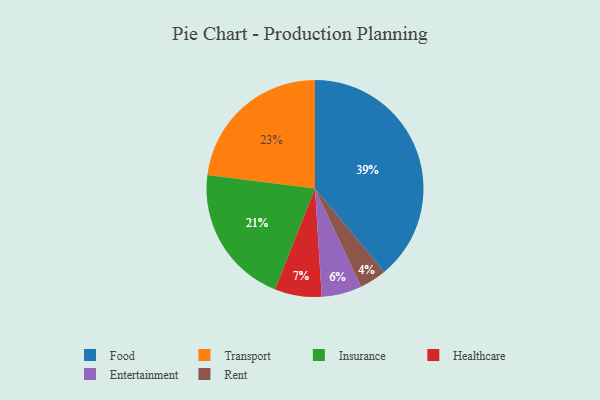
{"axis": {"x": "Category", "y": "Percentage"}, "legend": ["Entertainment", "Food", "Healthcare", "Insurance", "Rent", "Transport"], "data": [{"x": "Entertainment", "y": 6, "type": "Entertainment"}, {"x": "Insurance", "y": 21, "type": "Insurance"}, {"x": "Food", "y": 39, "type": "Food"}, {"x": "Transport", "y": 23, "type": "Transport"}, {"x": "Healthcare", "y": 7, "type": "Healthcare"}, {"x": "Rent", "y": 4, "type": "Rent"}]}